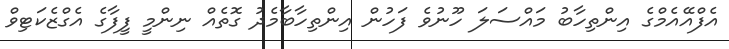
އެފްއޭއެމްގެ އިންތިހާބު މައްސަލަ ހޫނުވެ ފަހުން އިންތިހާބާމެދު ގޮތެއް ނިންމީ ފީފާގެ އެގްޒެކަޓިވް